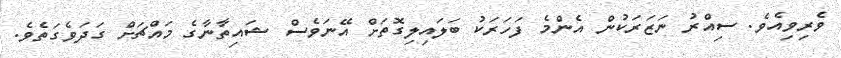
ވެރިވިއެވެ. ސިއްރު ނަޒަރަކުން އެންމެ ފަހަރަކު ބަލައިލިގޮތަށް އޭނަވެސް ޝައިތާނާގެ މައްޗަށް ގަދަވެގަތެވެ.